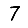
Digit: 7